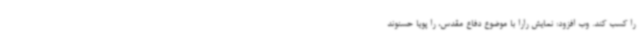
را کسب کند. وب افزود: نمایش رارا با موضوع دفاع مقدس، را پویا حسنوند